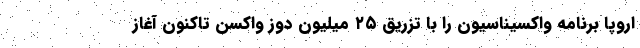
اروپا برنامه واکسیناسیون را با تزریق ۲۵ میلیون دوز واکسن تاکنون آغاز